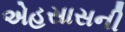
એહસાસની